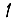
Digit: 1